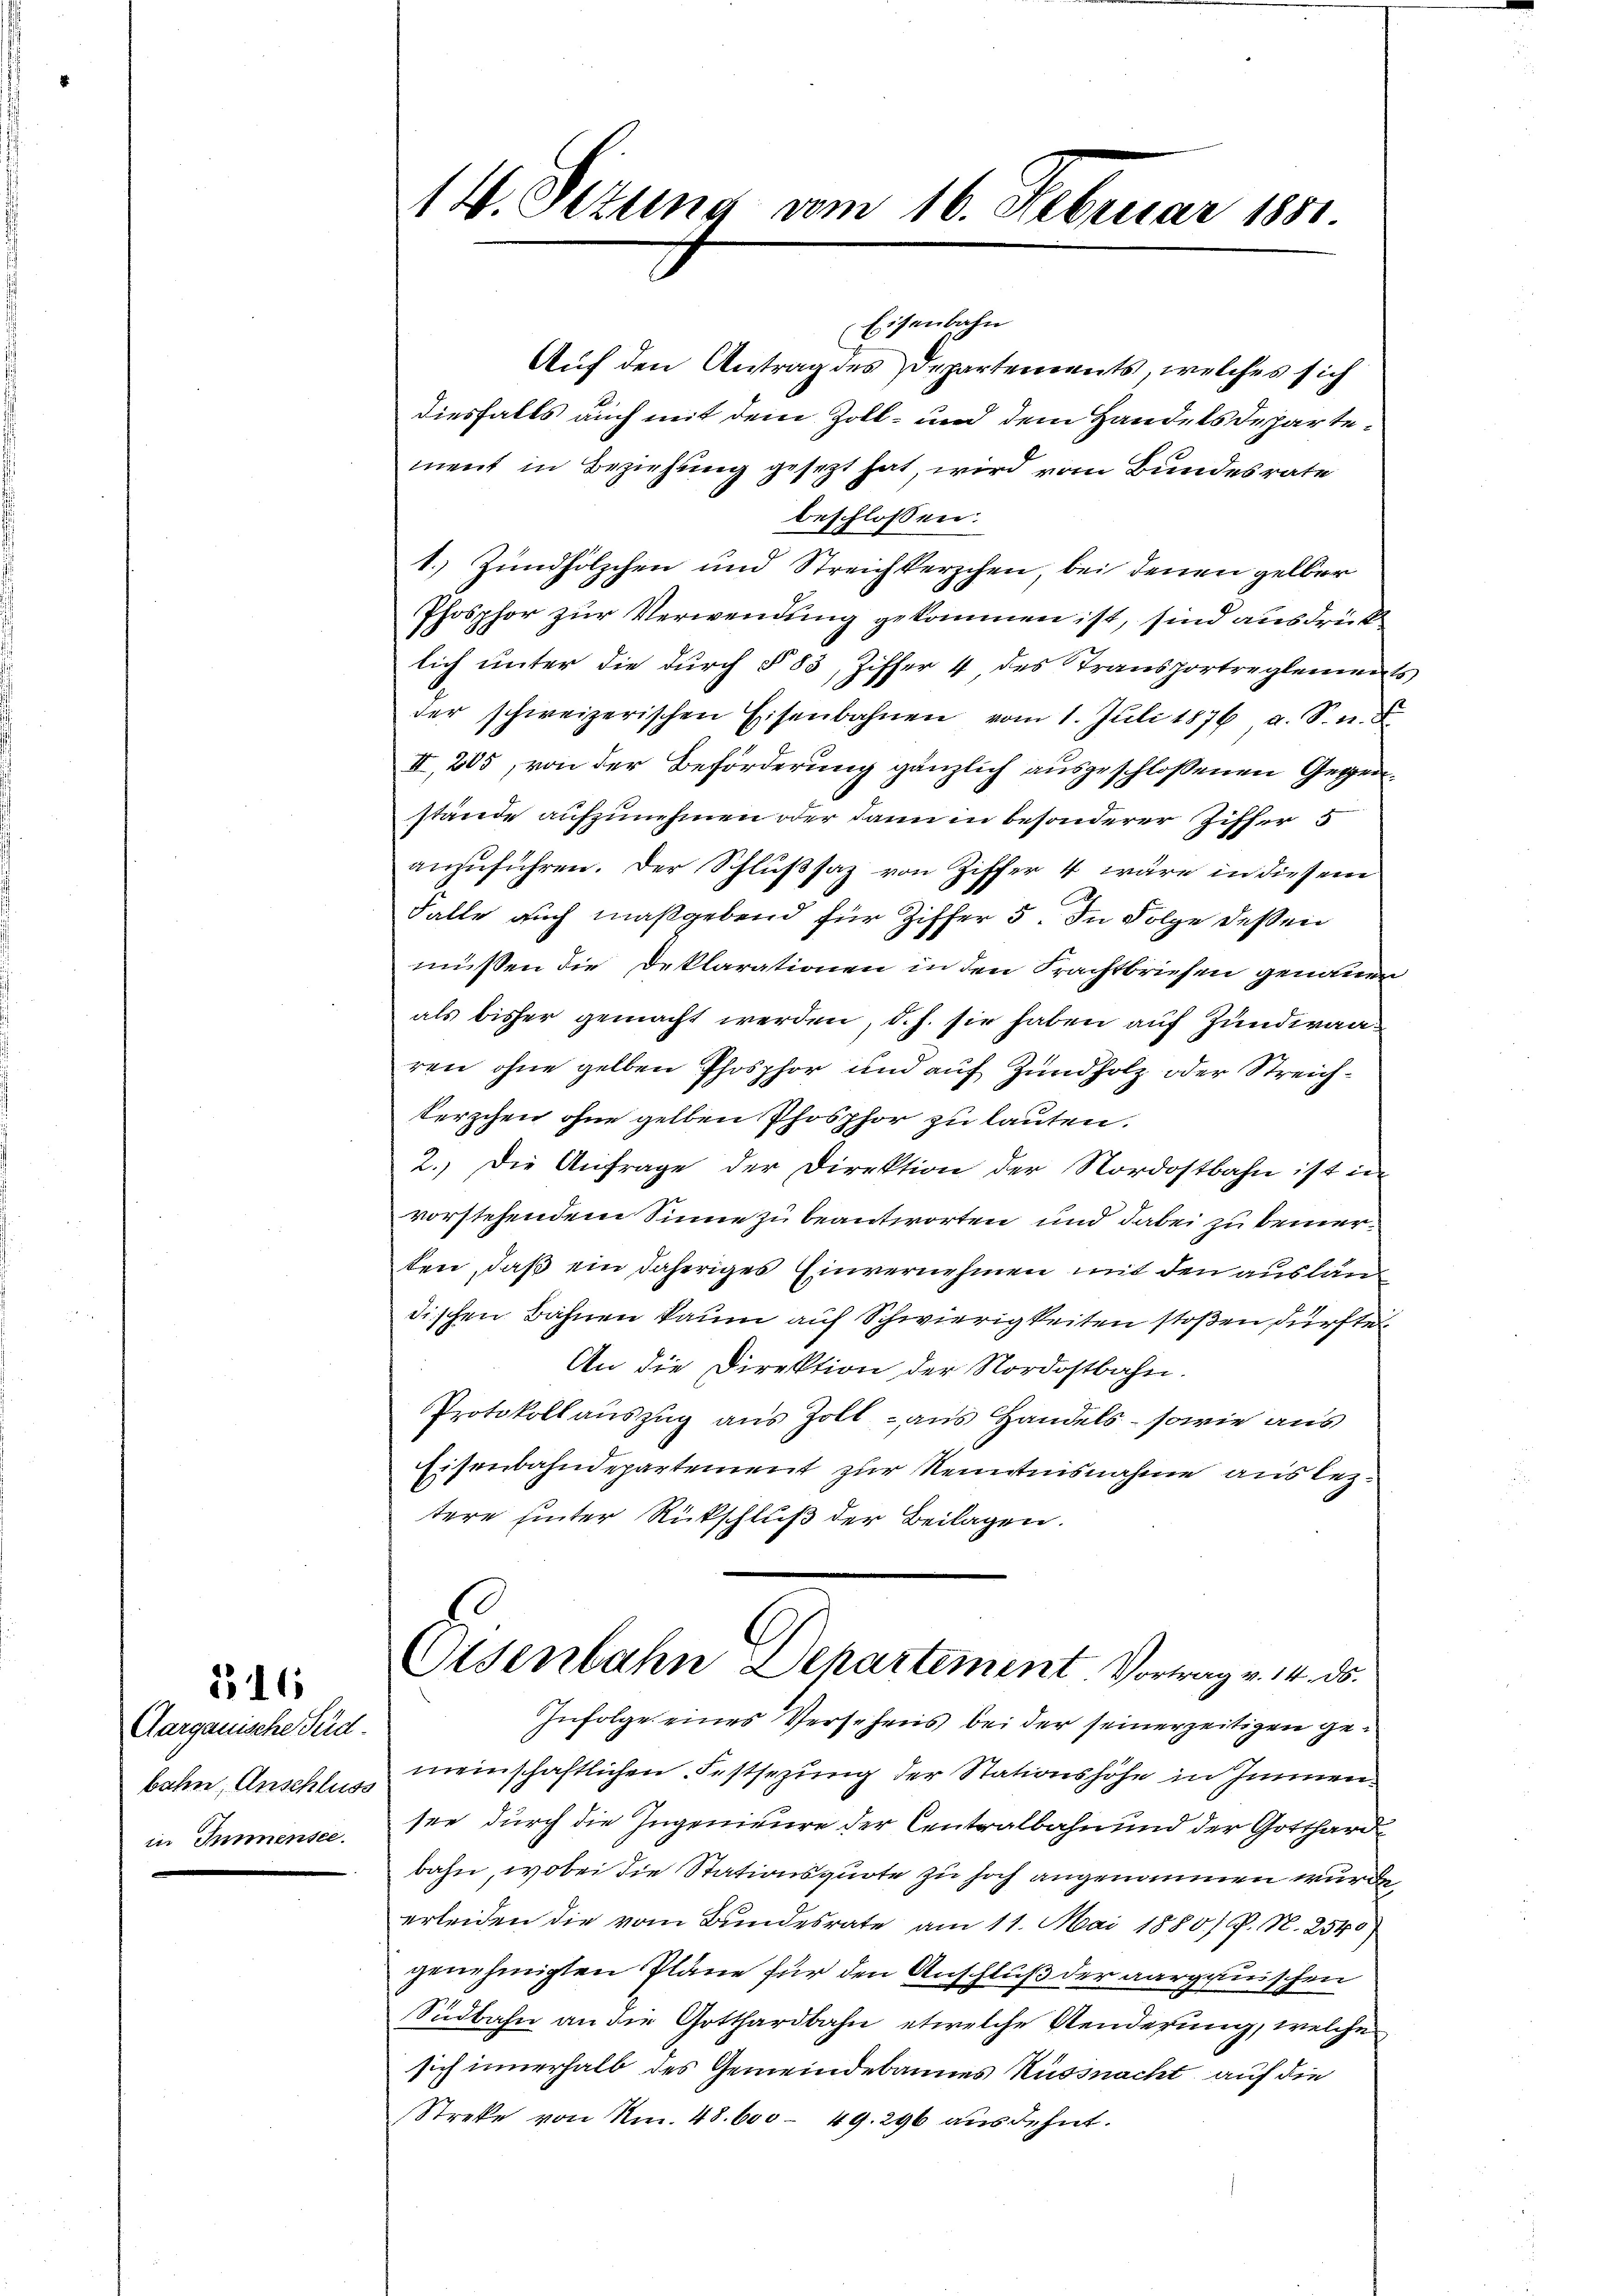
Aargauische Pud.
bahn, Anschluss
in Immensee.

216

14. Sezung vom 16. Februar 1851

Eisenbahn
Auf den Antrag des Departements, welches sich
diesfalls auch mit dem Zoll- und dem Handels Departement in Beziehung gesezt hat, wird vom Bundesrate
beschlossen:
1. Zündhölzchen und Streichterschen, bei denen gelber
Phosphor zur Verwendung gekommen ist, sind ausdrück
lich unter die durch § 83, Ziffer 4, des Transportreglements
der schweizerischen Eisenbahnen vom 1. Juli 1876 a. S. n. F.
II, 205, von der Beförderung gänzlich ausgeschlossenen Gegenstände aufzunehmen oder dann in besonderer Ziffer 5
anzuführen. Der Schlußsaz von Ziffer 4 wäre in diesem
Falle auch maßgebend für Ziffer 5. In Folge dessen
müssen die Deklarationen in den Frachtbriefen genauen
als bisher gemacht werden, d. h. sie haben auf Zundwaaren ohne gelben Phosphor und auf Zündholz oder Streichkerzchen ohne gelben Phosphor zu lauten.
2. Die Anfrage der Direktion der Nordostbahn ist in
vorstehendem Sinne zu beantworten und dabei zu bemerken, daß ein daheriges Einvernehmen mit den auslän
dischen Bahnen kaum auf Schwierigkeiten stoßen dürfte
An die Direktion der Nordostbahn.
Protokollauszug aus Zoll - aus Handels- sowie aus
Eisenbahndepartement zur Kenntnisnahme aus leztere hinter Rückschluß der Beilagen.
Eisenbahn Departement Vortrag v. 14. ds.
Infolge eines Versehens bei der seinerzeitigen gemeinschaftlichen Festsezung der Stationshöhe in Immensee durch die Ingenieure der Centralbahn und der Gotthardbahn, wobei die Stationsquote zu hoch angenommen wurde
erleiden die vom Bundesrate am 11. Mai 1880.) P. N. 2540
genehmigten Pläne für den Anschluß der aargauischen
Südbahn an die Gotthardbahn etwelche Aenderung, welche
sich innerhalb des Gemeindebannes Küssnacht auf die
Streke von Nm. 48. 600 - 49. 296 ausdehnt.